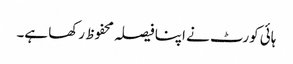
ہائی کورٹ نے اپنا فیصلہ محفوظ رکھا ہے۔